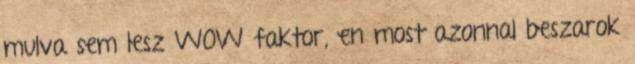
mulva sem lesz WOW faktor, en most azonnal beszarok